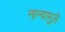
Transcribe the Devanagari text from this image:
नान्यामुले